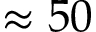
\approx 5 0